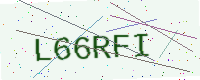
Text: L66RFI